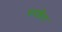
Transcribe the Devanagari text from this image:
यमश्चैव